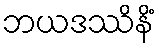
ဘယဒဿိနိံ